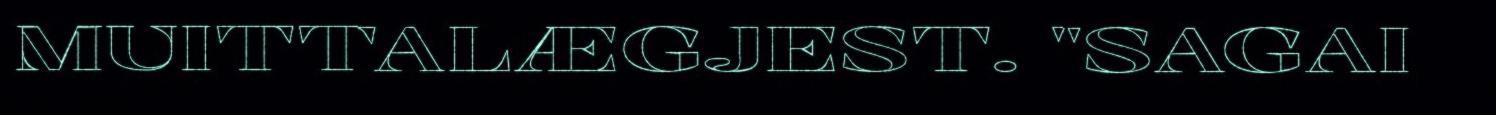
MUITTALÆGJEST. "SAGAI